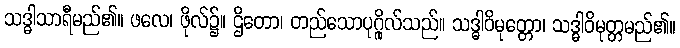
သဒ္ဓါသာရီမည်၏။ ဖလေ၊ ဖိုလ်၌။ ဌိတော၊ တည်သောပုဂ္ဂိုလ်သည်။ သဒ္ဓါဝိမုတ္တော၊ သဒ္ဓါဝိမုတ္တမည်၏။